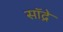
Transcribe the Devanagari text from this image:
सॉद्रे